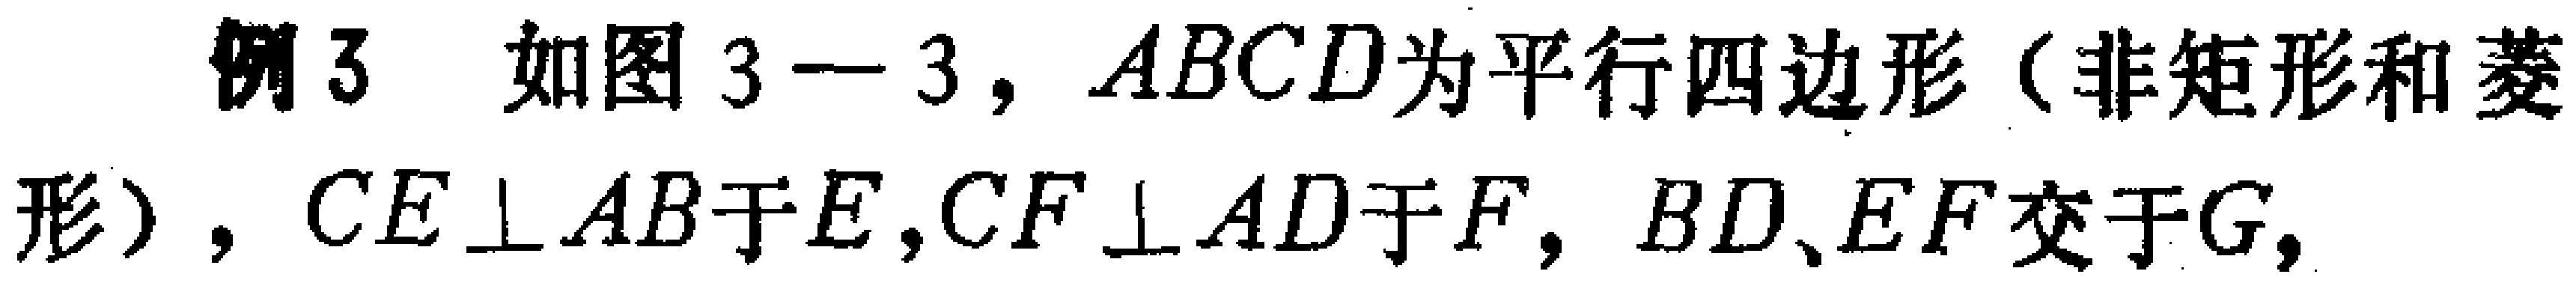
例3 如图3—3，$ABCD$为平行四边形（非矩形和菱形），$CE\perp AB$于$E$，$CF\perp AD$于$F$，$BD、EF$交于$G$，